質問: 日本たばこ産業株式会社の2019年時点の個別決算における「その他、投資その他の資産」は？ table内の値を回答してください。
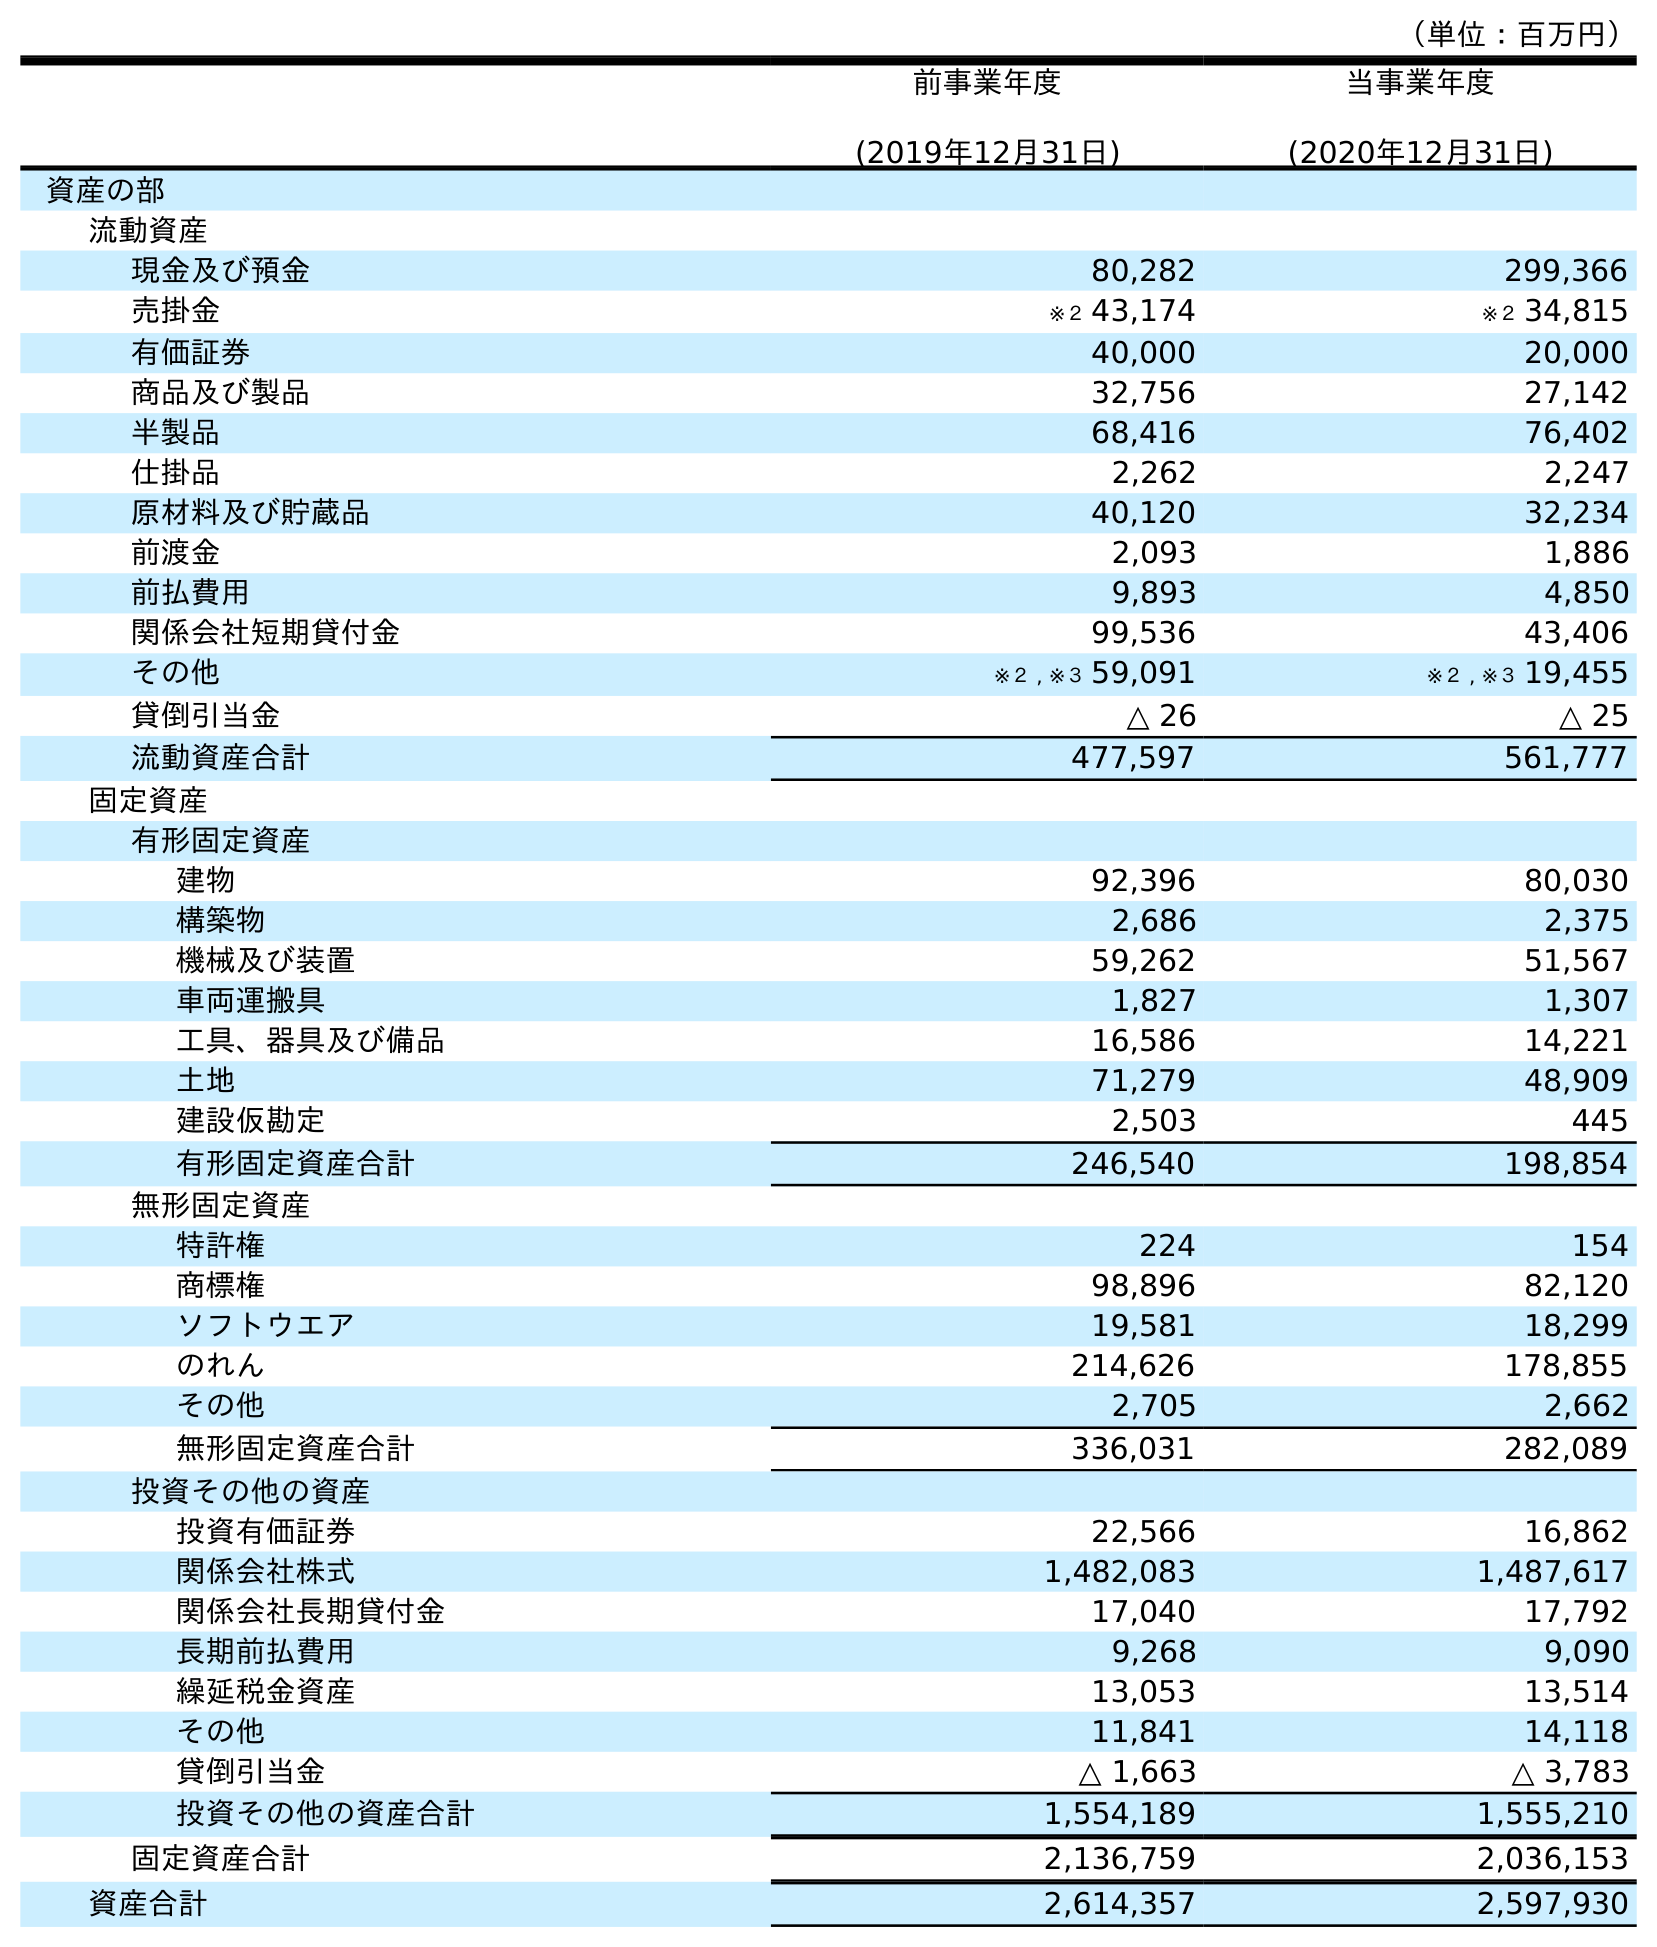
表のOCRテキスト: （単位：百万円） 前事業年度 (2019年12月31日) 当事業年度 (2020年12月31日) 資産の部 流動資産 現金及び預金 80,282 299,366 売掛金 ※２ 43,174 ※２ 34,815 有価証券 40,000 20,000 商品及び製品 32,756 27,142 半製品 68,416 76,402 仕掛品 2,262 2,247 原材料及び貯蔵品 40,120 32,234 前渡金 2,093 1,886 前払費用 9,893 4,850 関係会社短期貸付金 99,536 43,406 その他 ※２ , ※３ 59,091 ※２ , ※３ 19,455 貸倒引当金 △ 26 △ 25 流動資産合計 477,597 561,777 固定資産 有形固定資産 建物 92,396 80,030 構築物 2,686 2,375 機械及び装置 59,262 51,567 車両運搬具 1,827 1,307 工具、器具及び備品 16,586 14,221 土地 71,279 48,909 建設仮勘定 2,503 445 有形固定資産合計 246,540 198,854 無形固定資産 特許権 224 154 商標権 98,896 82,120 ソフトウエア 19,581 18,299 のれん 214,626 178,855 その他 2,705 2,662 無形固定資産合計 336,031 282,089 投資その他の資産 投資有価証券 22,566 16,862 関係会社株式 1,482,083 1,487,617 関係会社長期貸付金 17,040 17,792 長期前払費用 9,268 9,090 繰延税金資産 13,053 13,514 その他 11,841 14,118 貸倒引当金 △ 1,663 △ 3,783 投資その他の資産合計 1,554,189 1,555,210 固定資産合計 2,136,759 2,036,153 資産合計 2,614,357 2,597,930
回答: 11,841